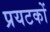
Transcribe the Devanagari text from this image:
प्रयटकों